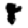
Digit: 8